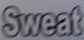
Sweat